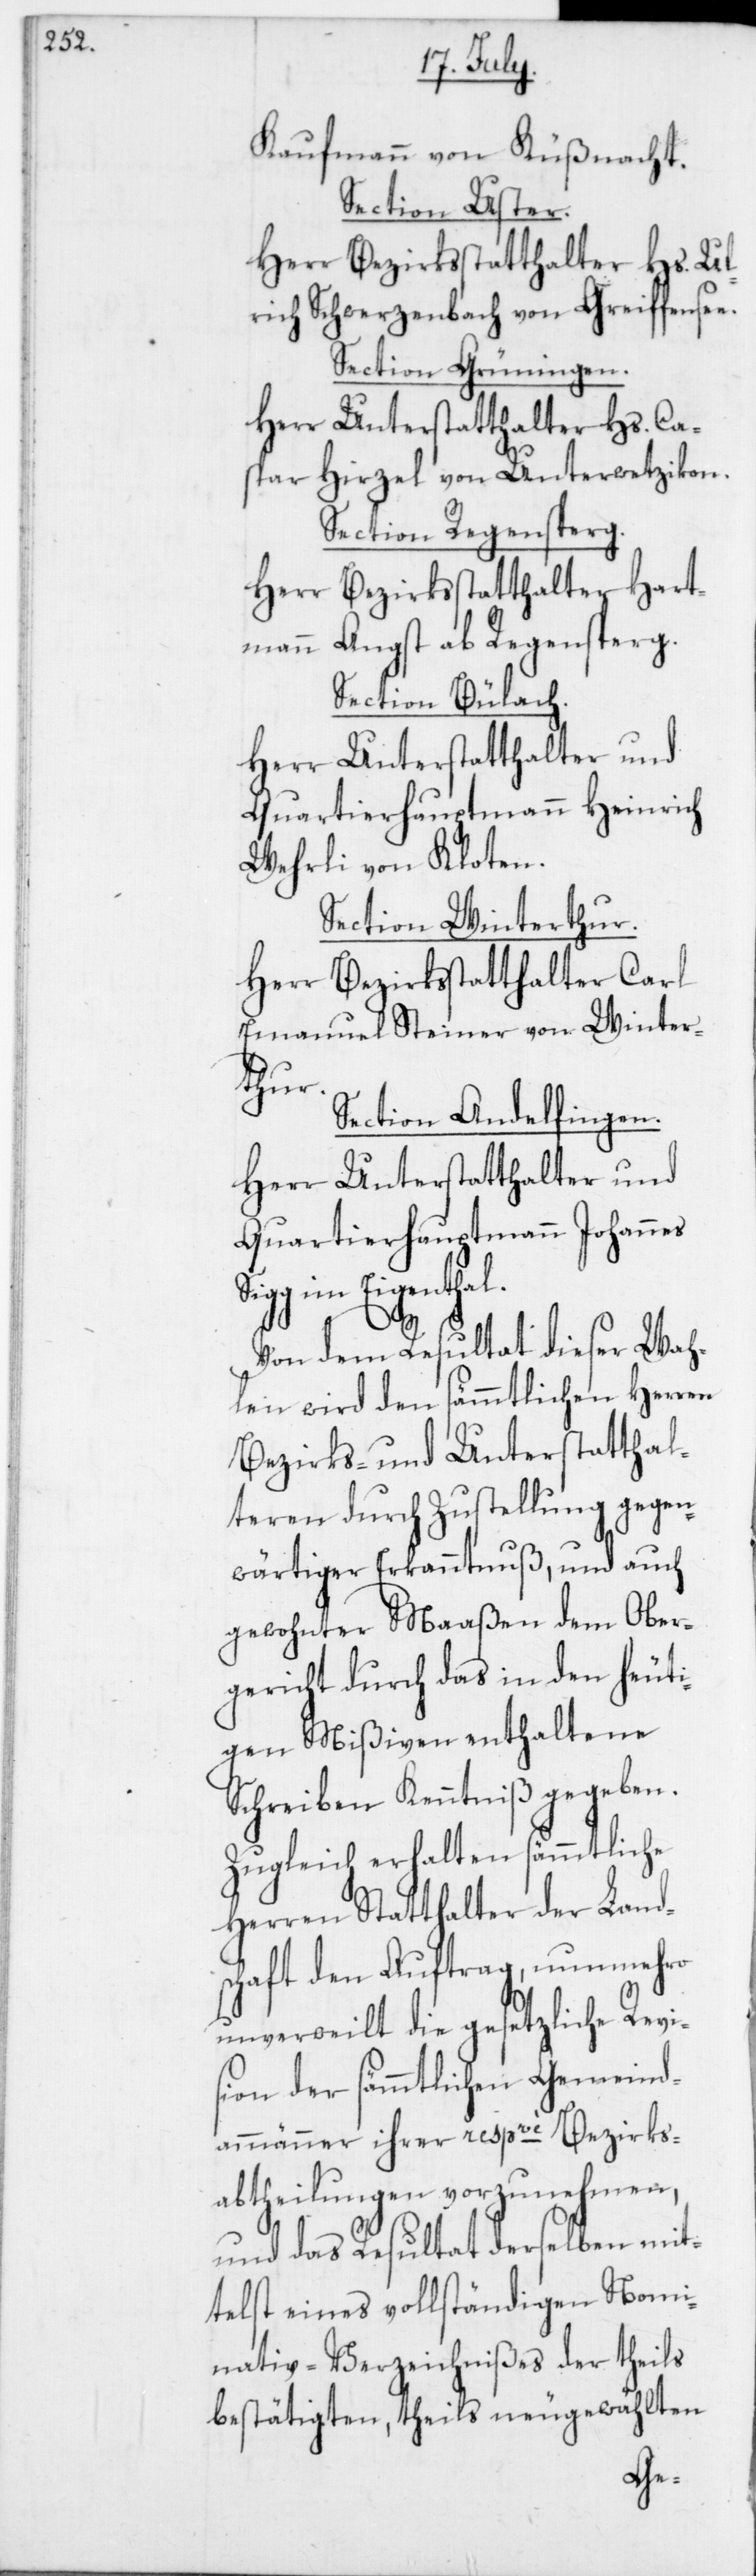
Kaufmann von Küßnacht.
Section Uster.
Herr Bezirksstatthalter Hs. Ul¬
rich Schwerzenbach von Greiffensee.
Section Grüningen.
Herr Unterstatthalter Hs. Ca¬
spar Hirzel von Unterwetzikon.
Section Regensperg.
Herr Bezirksstatthalter Hart¬
mann Angst ab Regensperg.
Section Bülach.
Herr Unterstatthalter und
Quartierhauptmann Heinrich
Wehrli von Kloten.
Section Winterthur.
Herr Bezirksstatthalter Carl
Emanuel Steiner von Winter¬
thur.
Section Andelfingen.
Herr Unterstatthalter und
Quartierhauptmann Johannes
Sigg im Eigenthal.
Von dem Resultat dieser Wah¬
len wird den sämmtlichen Herren
Bezirks- und Unterstatthal¬
teren durch Zustellung gegen¬
wärtiger Erkanntnuß, und auch
gewohnter Maaßen dem Ober¬
gericht durch das in den heuti¬
gen Mißiven enthaltene
Schreiben Kenntniß gegeben.
Zugleich erhalten sämmtliche
Herren Statthalter der Land¬
schaft den Auftrag, nunmehro
unverweilt die gesetzliche Revi¬
sion der sämmtlichen Gemeind¬
ammänner ihrer respvè Bezirks¬
abtheilungen vorzunehmen,
und das Resultat derselben mit¬
telst eines vollständigen Nomi¬
nativ-Verzeichnißes der theils
bestätigten, theils neugewählten